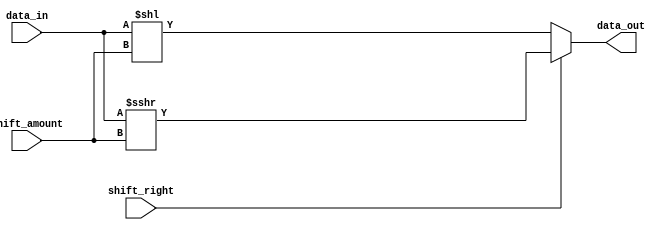
module arith_barrel_shifter (
    input [7:0] data_in,
    input [2:0] shift_amount,
    input shift_right,
    output reg [7:0] data_out
);

reg [7:0] shifted_data;

always @(*) begin
    if (shift_right) begin
        shifted_data = data_in >>> shift_amount;
    end else begin
        shifted_data = data_in << shift_amount;
    end
    
    data_out = shifted_data;
end

endmodule